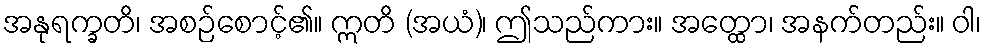
အနုရက္ခတိ၊ အစဉ်စောင့်၏။ ဣတိ (အယံ)၊ ဤသည်ကား။ အတ္ထော၊ အနက်တည်း။ ဝါ၊